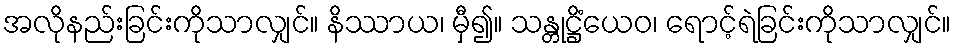
အလိုနည်းခြင်းကိုသာလျှင်။ နိဿာယ၊ မှီ၍။ သန္တုဋ္ဌိံယေဝ၊ ရောင့်ရဲခြင်းကိုသာလျှင်။